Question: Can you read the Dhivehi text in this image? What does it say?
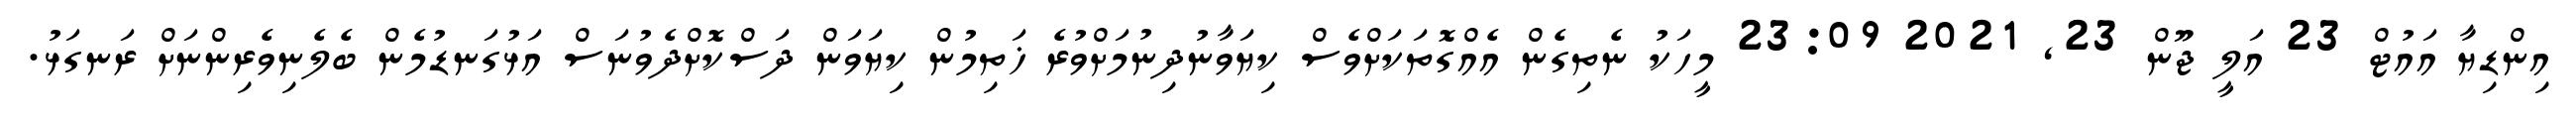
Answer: އިންޑިޔާ އައުޓް 23 އަލީ ޖޫން 23, 2021 23:09 މީހަކު ނެތިގެން އެއްގޮތަކަށްވެސް ކިޔަވާނުދިނުމަށްވުރެ ޚަތިމުން ކިޔަވަން ދަސްކޮށްދެވުނަސް އަޅުގަނޑުމެން ބެލެނިވެރިންނަށް ރަނގަޅު.